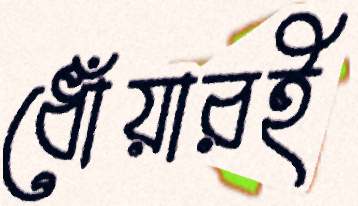
ধোঁয়ারই